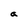
Character: a